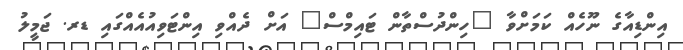
އިންޑިއާގެ ނޫހެއް ކަމަށްވާ "ހިންދުސްތާން ޓައިމްސް" އަށް ދެއްވި އިންޓަވިއުއެއްގައި ޑރ. ޖަމީލު